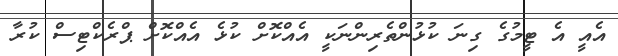
އެއީ އެ ޓީމުގެ ގިނަ ކުޅުންތެރިންނަކީ އެއްކޮށް ކުޅެ އެއްކޮށް ޕްރެކްޓިސް ކުރާ